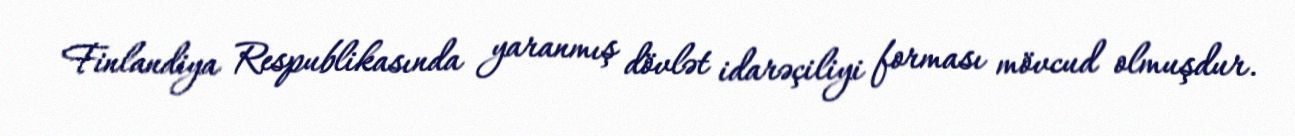
Finlandiya Respublikasında yaranmış dövlət idarəçiliyi forması mövcud olmuşdur.